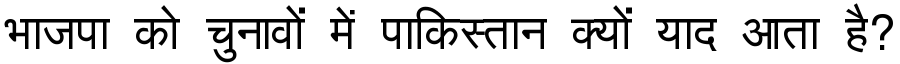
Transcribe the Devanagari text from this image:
भाजपा को चुनावों में पाकिस्तान क्यों याद आता है?